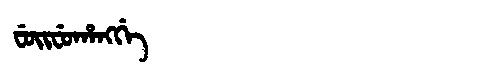
Manchu: ᠸᡠᡳᠸᡠᡥᠠᠩᡤᡝ
Romanization: FUIFUHANGGE